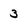
Character: 3